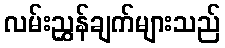
လမ်းညွှန်ချက်များသည်